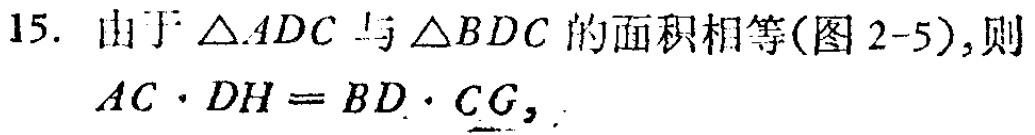
15. 由于$\triangle ADC$与$\triangle BDC$的面积相等(图2-5),则
$AC\cdot DH = BD\cdot CG,$